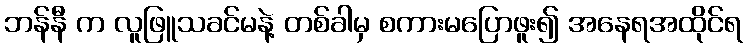
ဘန်နီ က လူဖြူသခင်မနဲ့ တစ်ခါမှ စကားမပြောဖူး၍ အနေရအထိုင်ရ